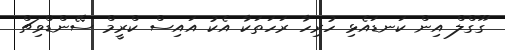
ގޫގްލް އިން ކަނޑައެޅި ހުރިހާ ރަހަތަކާ އެކު އައިސް ކްރީމް ސޭންޑްވިޗް